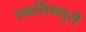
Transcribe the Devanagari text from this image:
एकलिंगपुरी